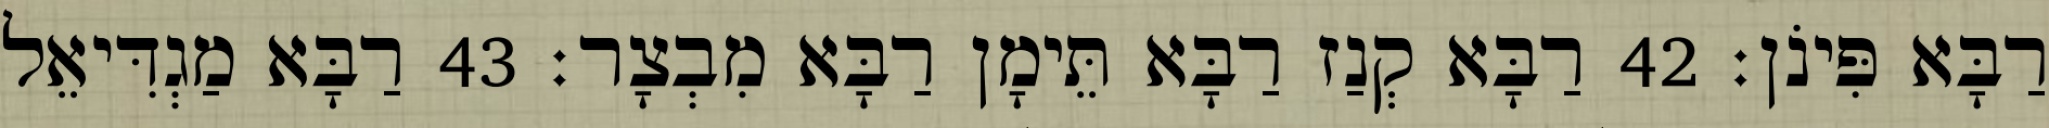
רַבָּא פִּינֹן׃ 42 רַבָּא קְנַז רַבָּא תֵּימָן רַבָּא מִבְצָר׃ 43 רַבָּא מַגְדִּיאֵל